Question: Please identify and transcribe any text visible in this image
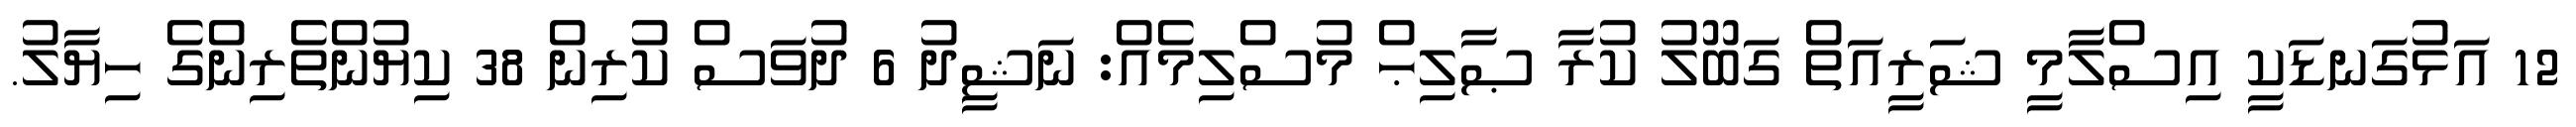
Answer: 12 އަޅުގަނޑަކީ އިސްލާމީ ޝަރީއަތް ގަބޫލު ކުރާ ޞާލިޙް މުސްލިމެއް: ނަޝީދު 6 ދުވަސް ކުރިން 38 ކިޔުންތެރިންގެ ހިޔާލު.